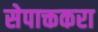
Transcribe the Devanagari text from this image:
सेपाक्तकरा